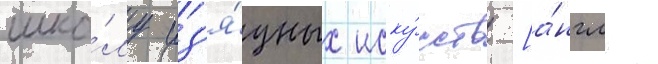
шко́лу из'я́щных иску́сств [а́нгл.